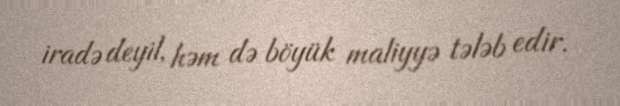
iradə deyil, həm də böyük maliyyə tələb edir.